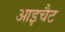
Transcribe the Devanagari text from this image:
आइचैट